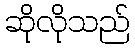
ဆိုလိုသည်